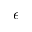
\epsilon